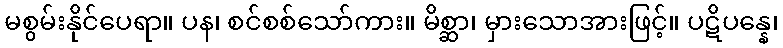
မစွမ်းနိုင်ပေရာ။ ပန၊ စင်စစ်သော်ကား။ မိစ္ဆာ၊ မှားသောအားဖြင့်။ ပဋိပန္နေ၊